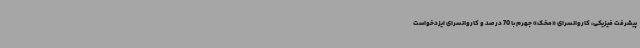
پیشرفت فیزیکی، کاروانسرای «مخک» جهرم با 70 درصد و کاروانسرای ایزدخواست